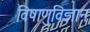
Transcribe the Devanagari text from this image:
विषाणुविज्ञान